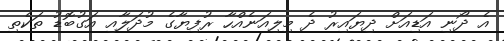
އެ ދޯނި އަޑިއަށް ދިޔައިރު ދެ މިލިއަނެއްހާ ރުފިޔާގެ މުދަލާއި އަގުބޮޑު ތަކެތި